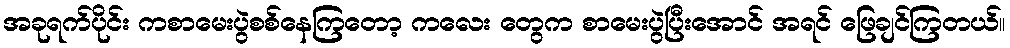
အခုရက်ပိုင်း ကစာမေးပွဲစစ်နေကြတော့ ကလေး တွေက စာမေးပွဲပြီးအောင် အရင် ဖြေချင်ကြတယ်။